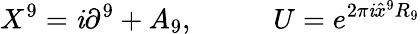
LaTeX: X^{9}=\mathit{i}\partial^{9}+A_{9},\; \; \; \; \; \; \; \; \; \; U=e^{2\pi\mathit{i}\hat{{x}}^{9}R_{9}}